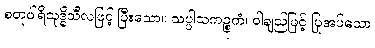
စတုပါရိသုဒ္ဓိသီလဖြင့် ပြီးသော။ သပ္ပါသကဉ္စုကံ၊ ဝါချည်ဖြင့် ပြုအပ်သော